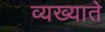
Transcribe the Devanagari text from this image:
व्यख्याते